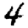
Digit: 4